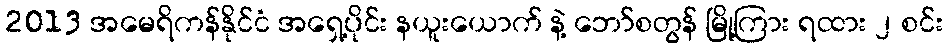
2013 အမေရိကန်နိုင်ငံ အရှေ့ပိုင်း နယူးယောက် နဲ့ ဘော်စတွန် မြို့ကြား ရထား ၂ စင်း